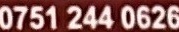
0751 244 0626